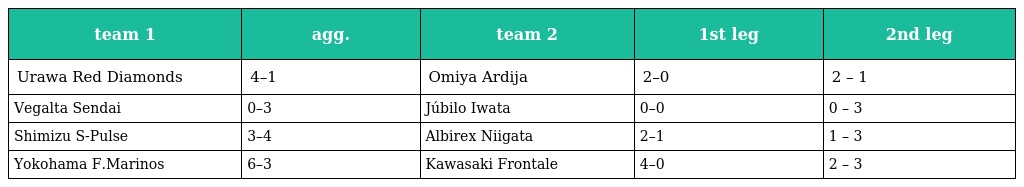
| team 1 | agg. | team 2 | 1st leg | 2nd leg |
 | --- | --- | --- | --- | --- |
 | Urawa Red Diamonds | 4–1 | Omiya Ardija | 2–0 | 2 – 1 |
 | Vegalta Sendai | 0–3 | Júbilo Iwata | 0–0 | 0 – 3 |
 | Shimizu S-Pulse | 3–4 | Albirex Niigata | 2–1 | 1 – 3 |
 | Yokohama F.Marinos | 6–3 | Kawasaki Frontale | 4–0 | 2 – 3 |